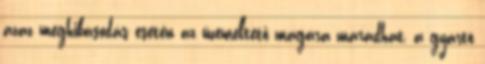
azaz meghibásodás esetén az üzemeltető magára maradhat, a gyártó